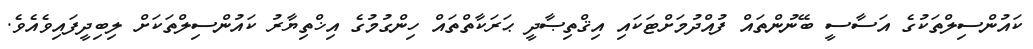
ކައުންސިލްތަކުގެ އަސާސީ ބޭނުންތައް ފުއްދުމަށްޓަކައި އިޤްތިޞާދީ ޙަރަކާތްތައް ހިންގުމުގެ އިޚްތިޔާރު ކައުންސިލްތަކަށް ލިބިދީފައިވެއެވެ.